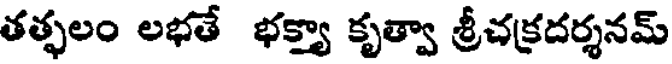
తత్ఫలం లభతే భక్త్యా కృత్వా శ్రీచక్రదర్శనమ్